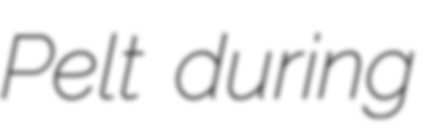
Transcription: Pelt during